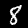
Digit: 8